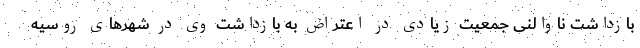
بازداشت ناوالنی جمعیت زیادی در اعتراض به بازداشت وی در شهرهای روسیه